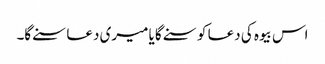
اس بیوہ کی دعا کو سنے گا یا میری دعا سنے گا۔